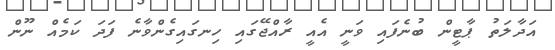
އަދާލަތު ޕާޓީން ބުނެފައި ވަނީ އެއީ ރާއްޖޭގައި ހިނގައިގެންވާނެ ފަދަ ކަމެއް ނޫން